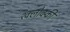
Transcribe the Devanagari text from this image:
श्क्लोव्स्की